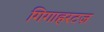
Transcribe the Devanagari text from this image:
गिगाहरटज़